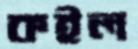
কইল